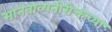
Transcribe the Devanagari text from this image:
मानवाव्यतीरीक्तच्या